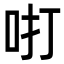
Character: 咑